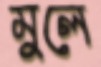
মুলে